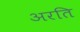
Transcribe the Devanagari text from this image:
अरति